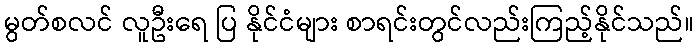
မွတ်စလင် လူဦးရေ ပြ နိုင်ငံများ စာရင်းတွင်လည်းကြည့်နိုင်သည်။